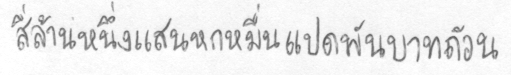
สี่ล้านหนึ่งแสนหกหมื่นแปดพันบาทถ้วน